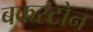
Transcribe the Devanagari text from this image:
बकस्टोन